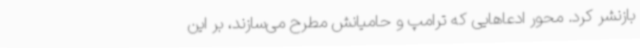
بازنشر کرد. محور ادعاهایی که ترامپ و حامیانش مطرح می‌سازند، بر این